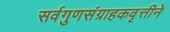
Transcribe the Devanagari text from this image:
सर्वगुणसंग्राहकवृत्तीने